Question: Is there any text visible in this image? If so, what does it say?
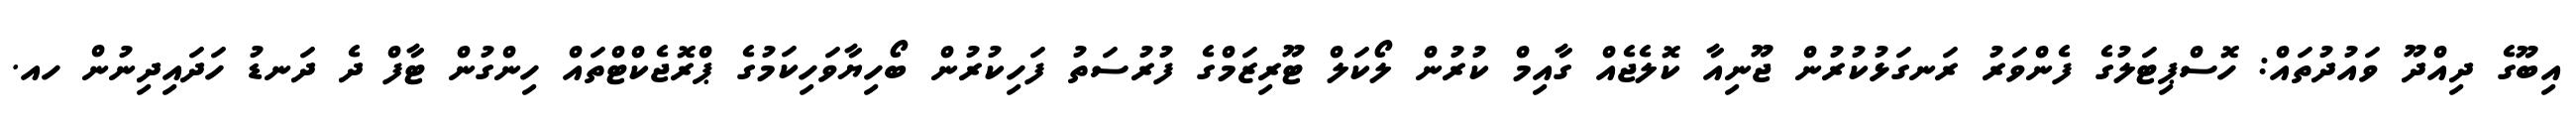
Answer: އިބޫގެ ދިއްދޫ ވައުދުތައް: ހޮސްޕިޓަލުގެ ފެންވަރު ރަނގަޅުކުރުން ޖޫނިއާ ކޮލެޖެއް ގާއިމް ކުރުން ލޯކަލް ޓޫރިޒަމްގެ ފުރުސަތު ފަހިކުރުން ބޯހިޔާވަހިކަމުގެ ޕްރޮޖެކްޓްތައް ހިންގުން ޓާފް ދެ ދަނޑު ހަދައިދިނުން ހއ.